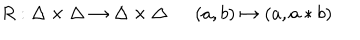
R : \Delta \times \Delta \rightarrow \Delta \times \Delta \ \ ( a , b ) \mapsto ( a , a \ast b )